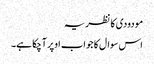
مودودی کا نظریہ
اس سوال کا جواب اوپر آچکا ہے۔